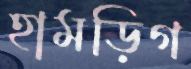
হামড়িগ